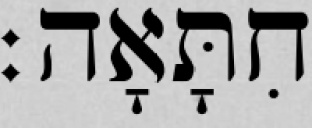
חִתָּאָה׃